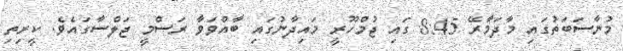
މުނާސަބަތުގައި މާދަމާރޭ 8:45 ގައި ޖުމްހޫރީ މައިދާނުގައި ބާއްވަވާ ރަސްމީ ޖަލްސާގައެވެ. ކީރިތި